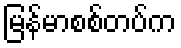
မြန်မာစစ်တပ်က